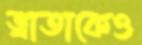
ভ্রাতাকেও